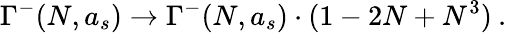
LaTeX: \Gamma^{-}(N,a_{s})\rightarrow\Gamma^{-}(N,a_{s})\cdot(1-2N+N^{3})\: .